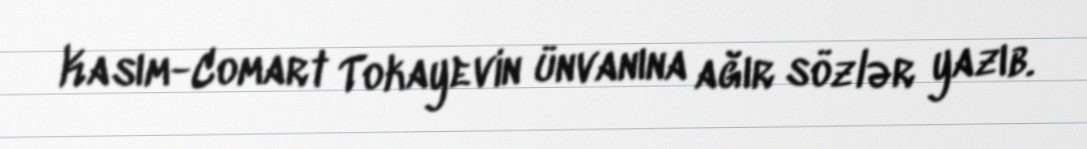
Kasım-Comart Tokayevin ünvanına ağır sözlər yazıb.